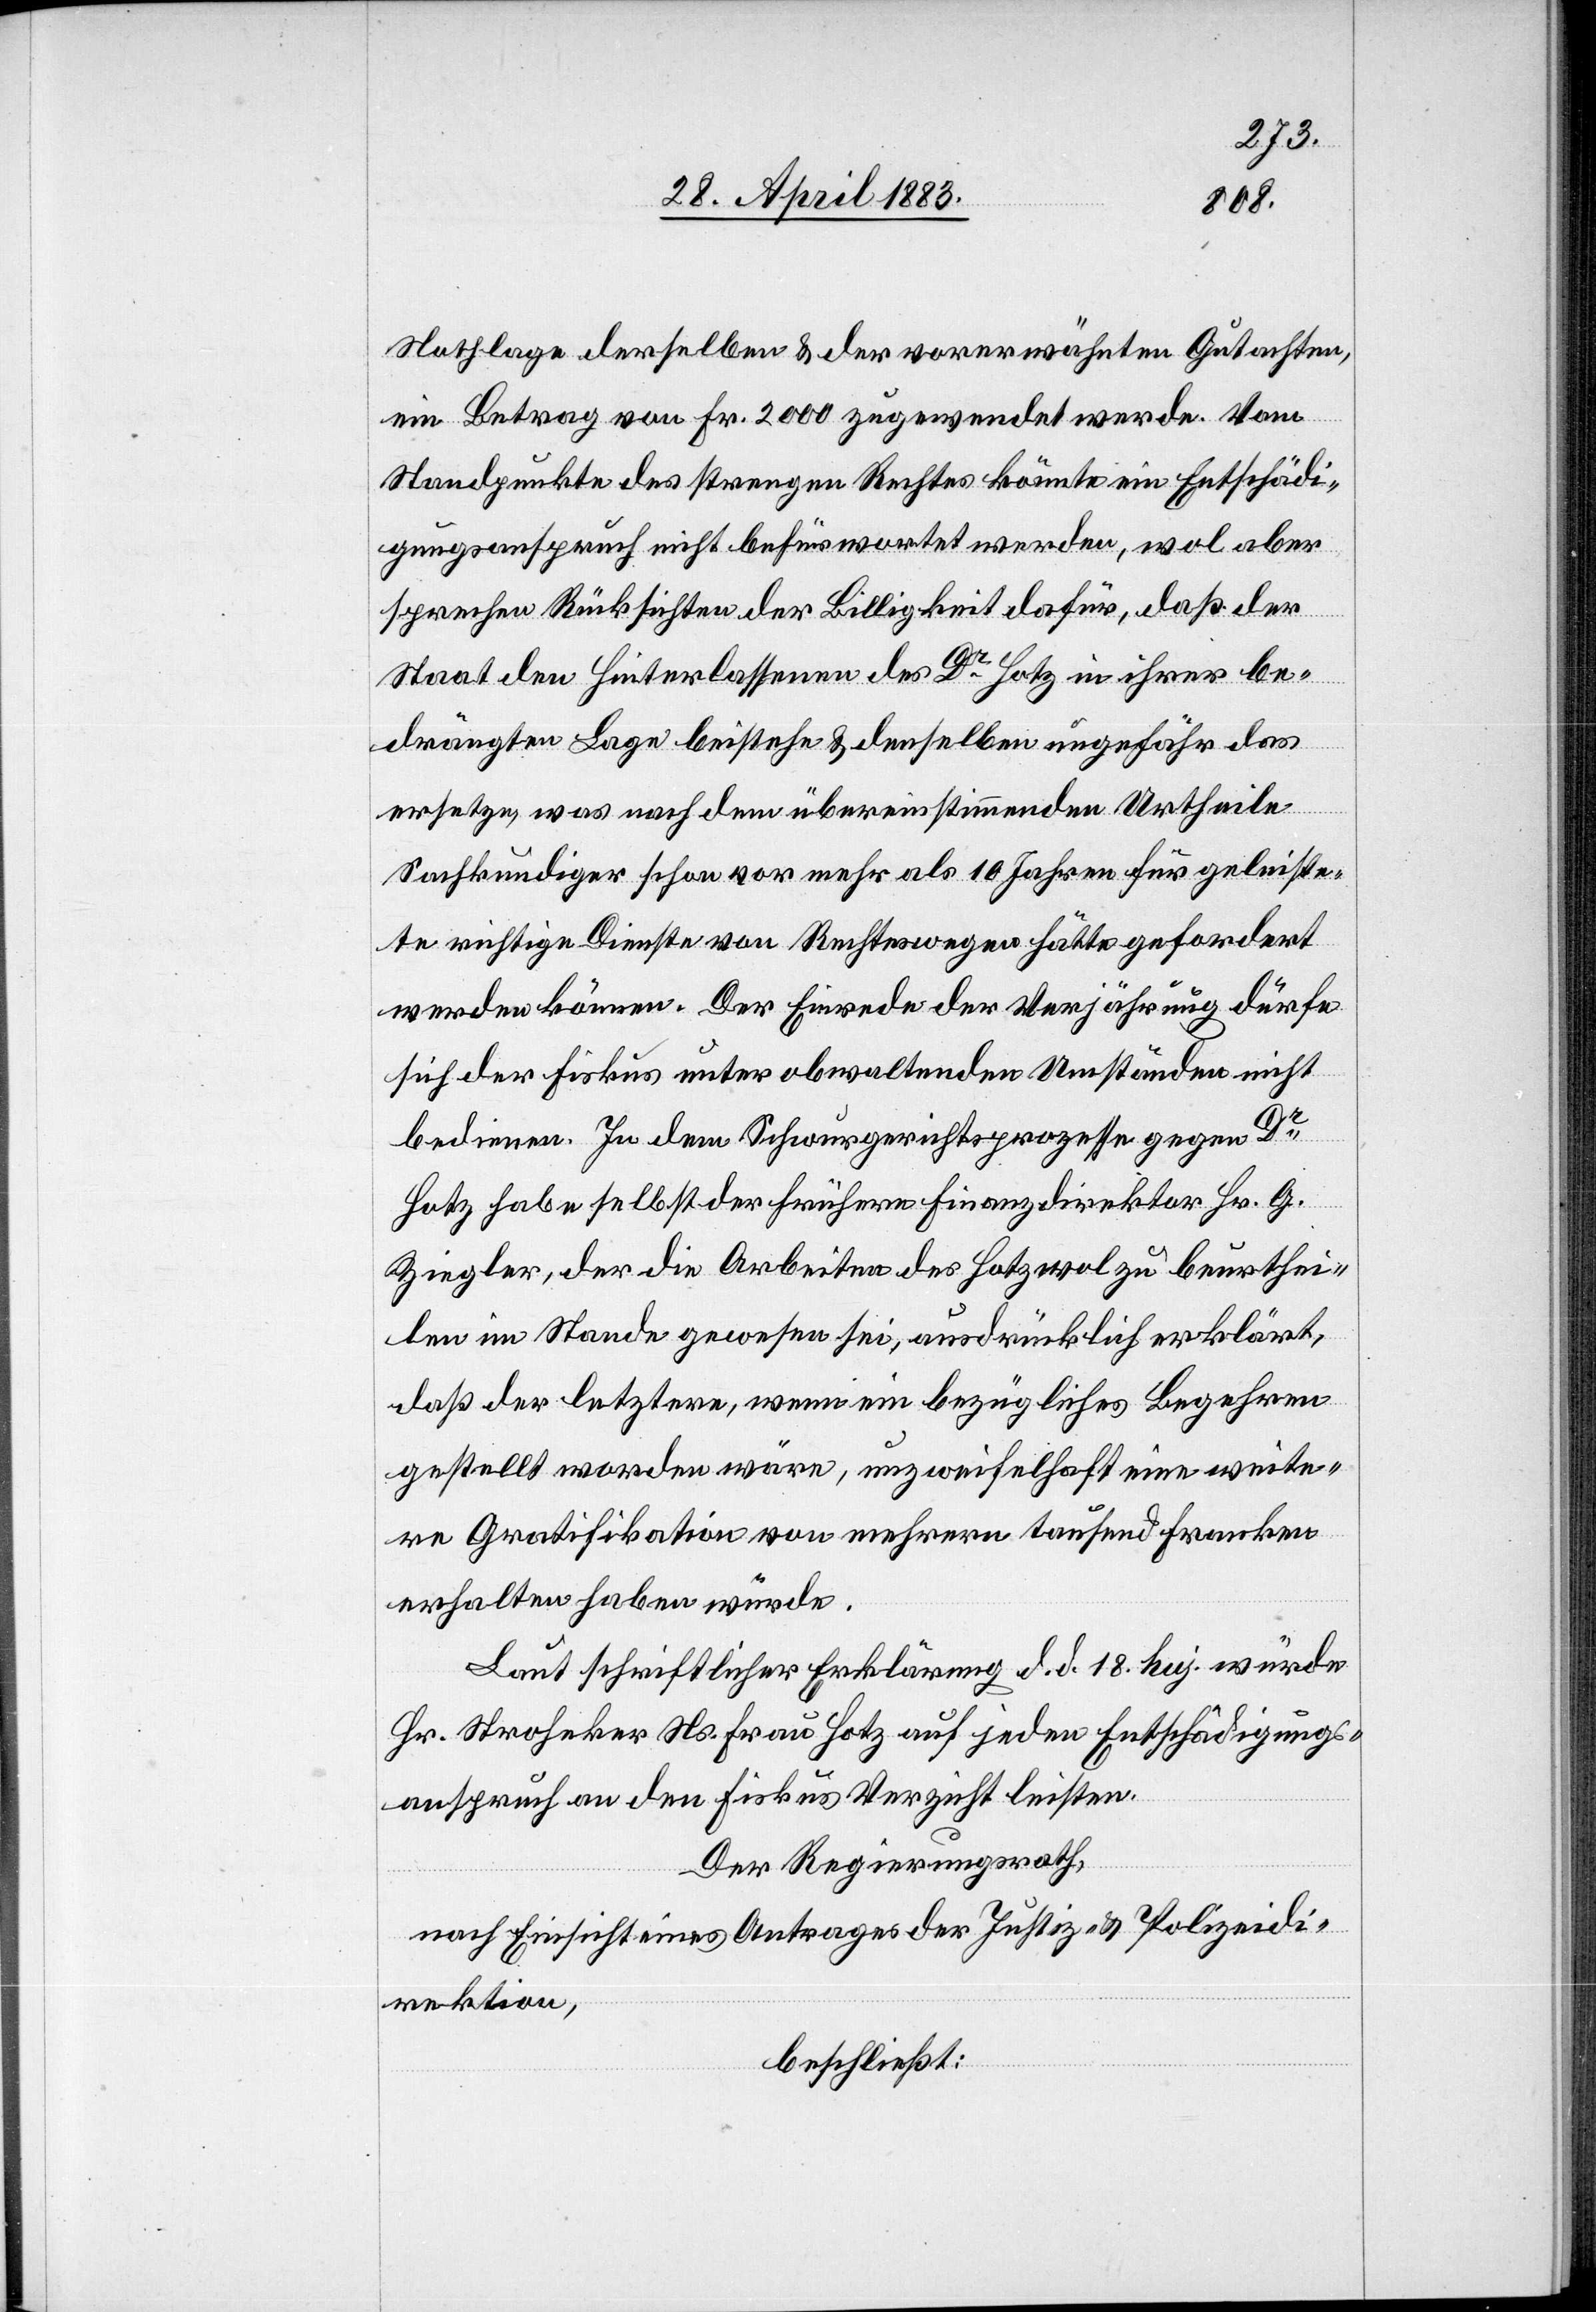
Nothlage derselben & der vorerwähnten Gutachten,
ein Betrag von Fr. 2000 zugewendet werde. Vom
Standpunkte des strengen Rechtes könnte ein Entschädi¬
gungsanspruch nicht befürwortet werden, wol aber
sprechen Rücksichten der Billigkeit dafür, daß der
Staat den Hinterlassenen des Dr Hotz in ihrer be¬
drängten Lage beistehe & denselben ungefähr das
ersetze, was nach dem übereinstimmenden Urtheile
sachkundiger schon vor mehr als 10 Jahren für geleiste¬
te richtige Dienste von Rechtes wegen hätte gefordert
werden können. Der Einrede der Verjährung dürfe
sich der Fiskus unter obwaltenden Umständen nicht
bedienen. In dem Schwurgerichtsprozesse gegen Dr
Hotz habe selbst der frühere Finanzdirektor Hr. G.
Ziegler, der die Arbeiten des Hotz wol zu beurthei¬
len im Stande gewesen sei, ausdrücklich erklärt,
daß der letztere, wenn ein bezügliches Begehren
gestellt worden wäre, unzweifelhaft eine weite¬
re Gratifikation von mehrern tausend Franken
erhalten haben würde.
Laut schriftlicher Erklärung d. d. 18. huj. würde
Hr. Stroheker Ns. Frau Hotz auf jeden Entschädigungs¬
anspruch an den Fiskus Verzicht leisten.
Der Regierungsrath,
nach Einsicht eines Antrages der Justiz- & Polizeidi¬
rektion,
beschließt: